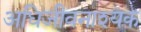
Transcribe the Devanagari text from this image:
अधिजीवनाश्यक